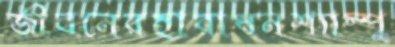
জীবনেরহারাধনশ্যাম্পু